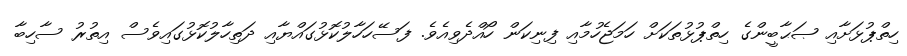
ހިތްޕުޅަށާއި ޞަޙާބީންގެ ހިތްޕުޅުތަކަށް ހަމަޖެހުމާއި ފިނިކަން ހޯއްދެވިއެވެ. ފަސޭހަހާލުކޮޅުގައްޔާއި ދަތިހާލުކޮޅުގައިވެސް އިތުރު ސާހިބާ